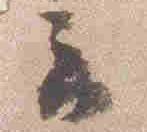
云